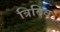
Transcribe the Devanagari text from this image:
त्रिदिव